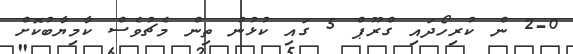
2-0 ން ކުރިހޯދައި ގްރޫޕް 5 ގައި ކުޅުނު ތިން މެޗުވެސް ކާމިޔާބުކޮށް